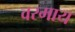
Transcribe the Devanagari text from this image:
वरमाय